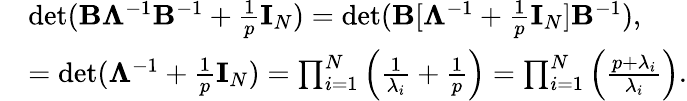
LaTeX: \begin{array}{rl}&{\operatorname*{det}(\mathbf{B}\mathbf{\Lambda}^{-1}\mathbf{B}^{-1}+\frac{1}{p}\mathbf{I}_{N})=\operatorname*{det}(\mathbf{B}[\mathbf{\Lambda}^{-1}+\frac{1}{p}\mathbf{I}_{N}]\mathbf{B}^{-1}),}\\ &{=\operatorname*{det}(\mathbf{\Lambda}^{-1}+\frac{1}{p}\mathbf{I}_{N})=\prod_{i=1}^{N}\Big(\frac{1}{\lambda_{i}}+\frac{1}{p}\Big)=\prod_{i=1}^{N}\Big(\frac{p+\lambda_{i}}{\lambda_{i}}\Big).}\end{array}